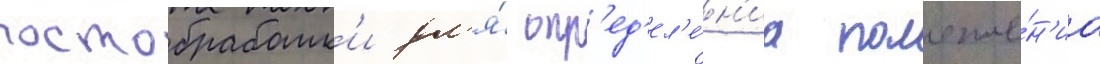
постобработк'и дл'я́ опр'ед'ел'е́н'иа положе́н'иа